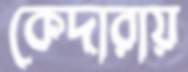
কেদারায়